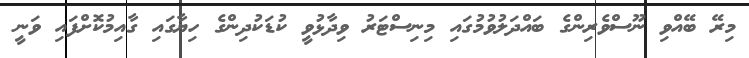
މިރޭ ބޭއްވި ނޫސްވެރިންގެ ބައްދަލުވުމުގައި މިނިސްޓަރު ވިދާޅުވީ ކުޑަކުދިންގެ ހިޔާގައި ގާއިމުކޮށްފައި ވަނީ